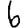
Digit: 6